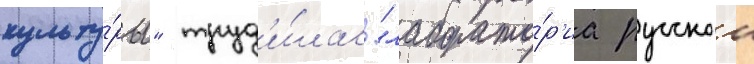
культу́ры" труд'и́лась "лаборато́р'иа русскои